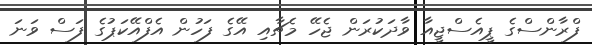
ފްރާންސްގެ ޕީއެސްޖީއާ ވާދަކުރަން ޖެހޭ މެޗާއި އޭގެ ފަހުން އެފްއޭކަޕުގެ ފަސް ވަނަ